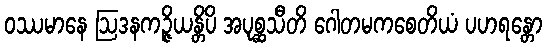
ဝဿမာနေ ဩဒနကဉ္ဇိယန္တိပိ အပုစ္ဆသီတိ ဂေါတမကစေတိယံ ပဟရန္တော